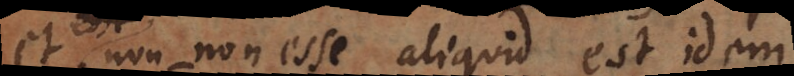
et non‐non esse aliquid est idem